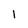
Character: l